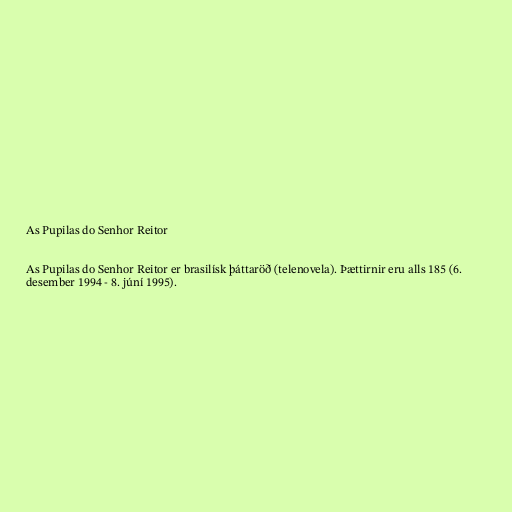
As Pupilas do Senhor Reitor

As Pupilas do Senhor Reitor er brasilísk þáttaröð (telenovela). Þættirnir eru alls 185 (6.
desember 1994 - 8. júní 1995).